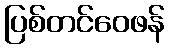
ပြစ်တင်ဝေဖန်